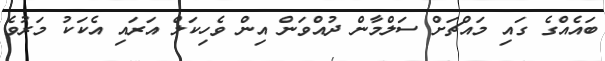
ބައެއްގެ ގައި މައްޗަށް ސަލްމާން ދުއްވަން އިން ވެހިކަލް އަރައި އެކަކު މަރުވެ